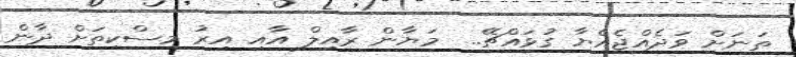
ތަނަށް ވަދެއްޖެއްޔާ ގުޅައްޗޭ..  މަޔާން ރާއިލް އާއި އިރު މިސްކިތަށް ދާން